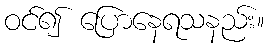
ဝင်၍ ပြောနေရသနည်း။